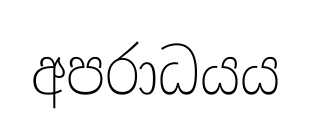
අපරාධයය